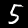
Digit: 5